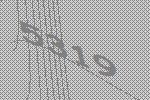
5319